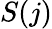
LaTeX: S(j)